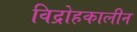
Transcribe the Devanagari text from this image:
विद्रोहकालीन